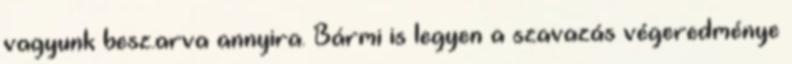
vagyunk besz.arva annyira. Bármi is legyen a szavazás végeredménye